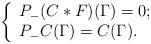
LaTeX: \begin{align*}\left\{ \begin{array}{lc} P_-(C* F)(\Gamma)=0; \\ P_-C(\Gamma)=C(\Gamma). \end{array}\right.\end{align*}